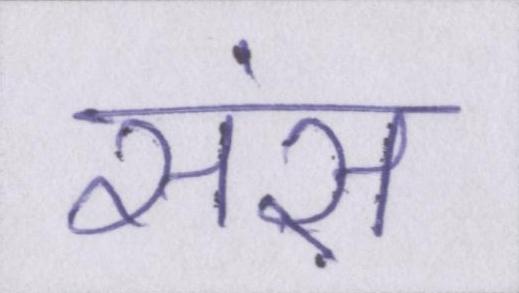
संस